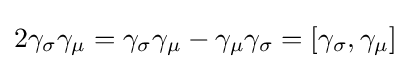
2\gamma _{\sigma }\gamma _{\mu }=\gamma _{\sigma }\gamma _{\mu }-\gamma _{\mu }\gamma _{\sigma }=[\gamma _{\sigma },\gamma _{\mu }]